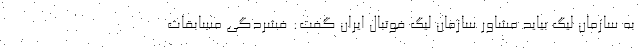
به سازمان لیگ بیاید مشاور سازمان لیگ فوتبال ایران گفت: فشردگی مسابقات